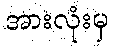
အားလုံးမှ